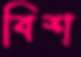
বিশ্